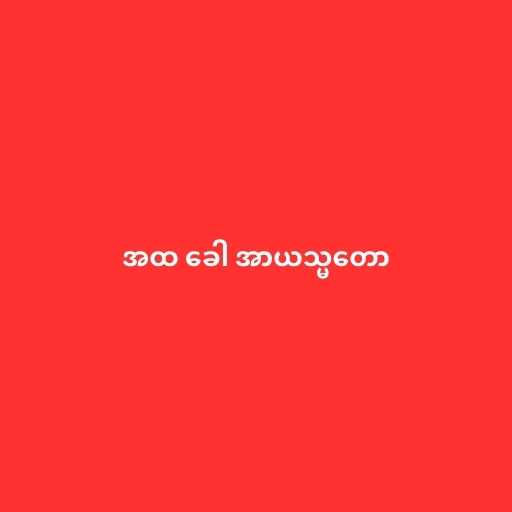
အထ ခေါ အာယသ္မတော